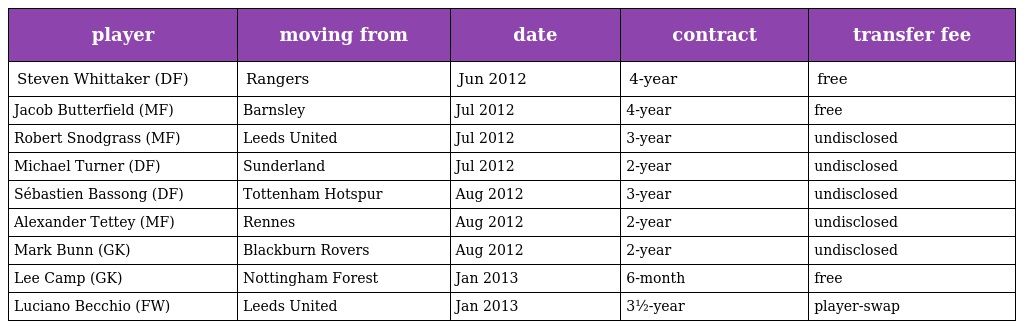
| player | moving from | date | contract | transfer fee |
 | --- | --- | --- | --- | --- |
 | Steven Whittaker (DF) | Rangers | Jun 2012 | 4-year | free |
 | Jacob Butterfield (MF) | Barnsley | Jul 2012 | 4-year | free |
 | Robert Snodgrass (MF) | Leeds United | Jul 2012 | 3-year | undisclosed |
 | Michael Turner (DF) | Sunderland | Jul 2012 | 2-year | undisclosed |
 | Sébastien Bassong (DF) | Tottenham Hotspur | Aug 2012 | 3-year | undisclosed |
 | Alexander Tettey (MF) | Rennes | Aug 2012 | 2-year | undisclosed |
 | Mark Bunn (GK) | Blackburn Rovers | Aug 2012 | 2-year | undisclosed |
 | Lee Camp (GK) | Nottingham Forest | Jan 2013 | 6-month | free |
 | Luciano Becchio (FW) | Leeds United | Jan 2013 | 3½-year | player-swap |